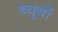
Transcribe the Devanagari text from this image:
ब्यूबों